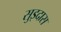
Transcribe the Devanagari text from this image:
सुइदास